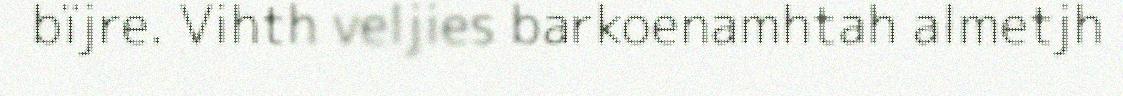
bïjre. Vihth veljies barkoenamhtah almetjh